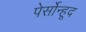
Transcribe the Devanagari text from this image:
पेर्सोन्हूद